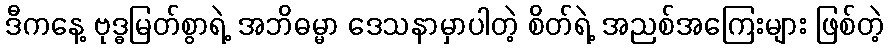
ဒီကနေ့ ဗုဒ္ဓမြတ်စွာရဲ့ အဘိဓမ္မာ ဒေသနာမှာပါတဲ့ စိတ်ရဲ့ အညစ်အကြေးများ ဖြစ်တဲ့